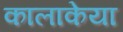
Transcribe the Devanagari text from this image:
कालाकेया